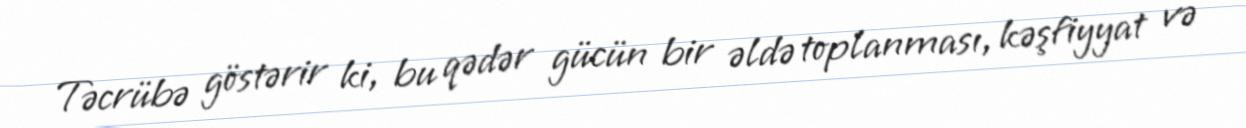
Təcrübə göstərir ki, bu qədər gücün bir əldə toplanması, kəşfiyyat və